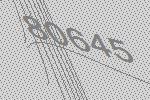
80645